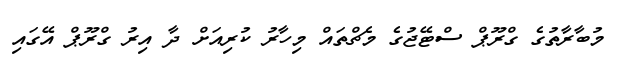
މުބާރާތުގެ ގްރޫޕް ސްޓޭޖުގެ މެޗްތައް މިހާރު ކުރިއަށް ދާ އިރު ގްރޫޕް އޭގައި